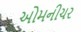
ઓમનીચર